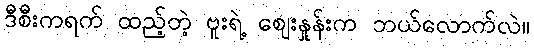
ဒီစီးကရက် ထည့်တဲ့ ဗူးရဲ့ ဈေးနှုန်းက ဘယ်လောက်လဲ။